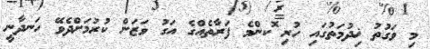
މި ވަގުތު ޚިދުމަތުގައި ހުރި ޮކންމެ ފަރާތެއްގެ އަގު ވަޒަން ކުރުމަށްދެވޭ ހަނދާނީ